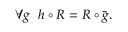
\begin{array} { r } { \forall g \ \ h \circ R = R \circ \bar { g } . } \end{array}